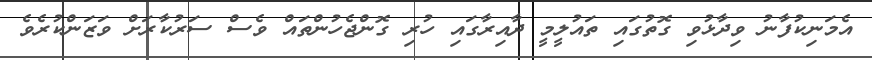
އެމަނިކުފާނު ވިދާޅުވި ގޮތުގައި ތައުލީމީ ދާއިރާގައި ހުރި ގޮންޖެހުންތައް ވެސް ސަރުކާރަށް ވަޒަންކުރެވެ